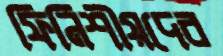
ফিনিশীয়দের